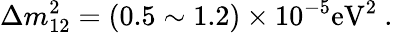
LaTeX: \Delta m_{12}^{2}=(0.5\sim 1.2)\times 10^{-5}\mathrm{eV}^{2}\ .